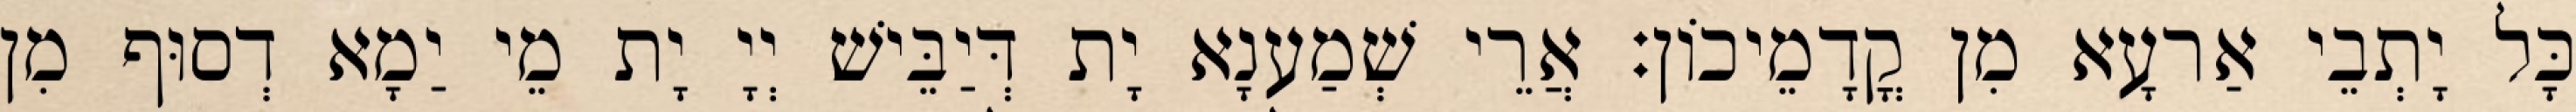
כָּל יָתְבֵי אַרעָא מִן קֳדָמֵיכוֹן׃ אֲרֵי שְׁמַענָא יָת דְּיַבֵּישׁ יְיָ יָת מֵי יַמָא דְסוּף מִן